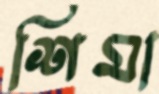
শিমা